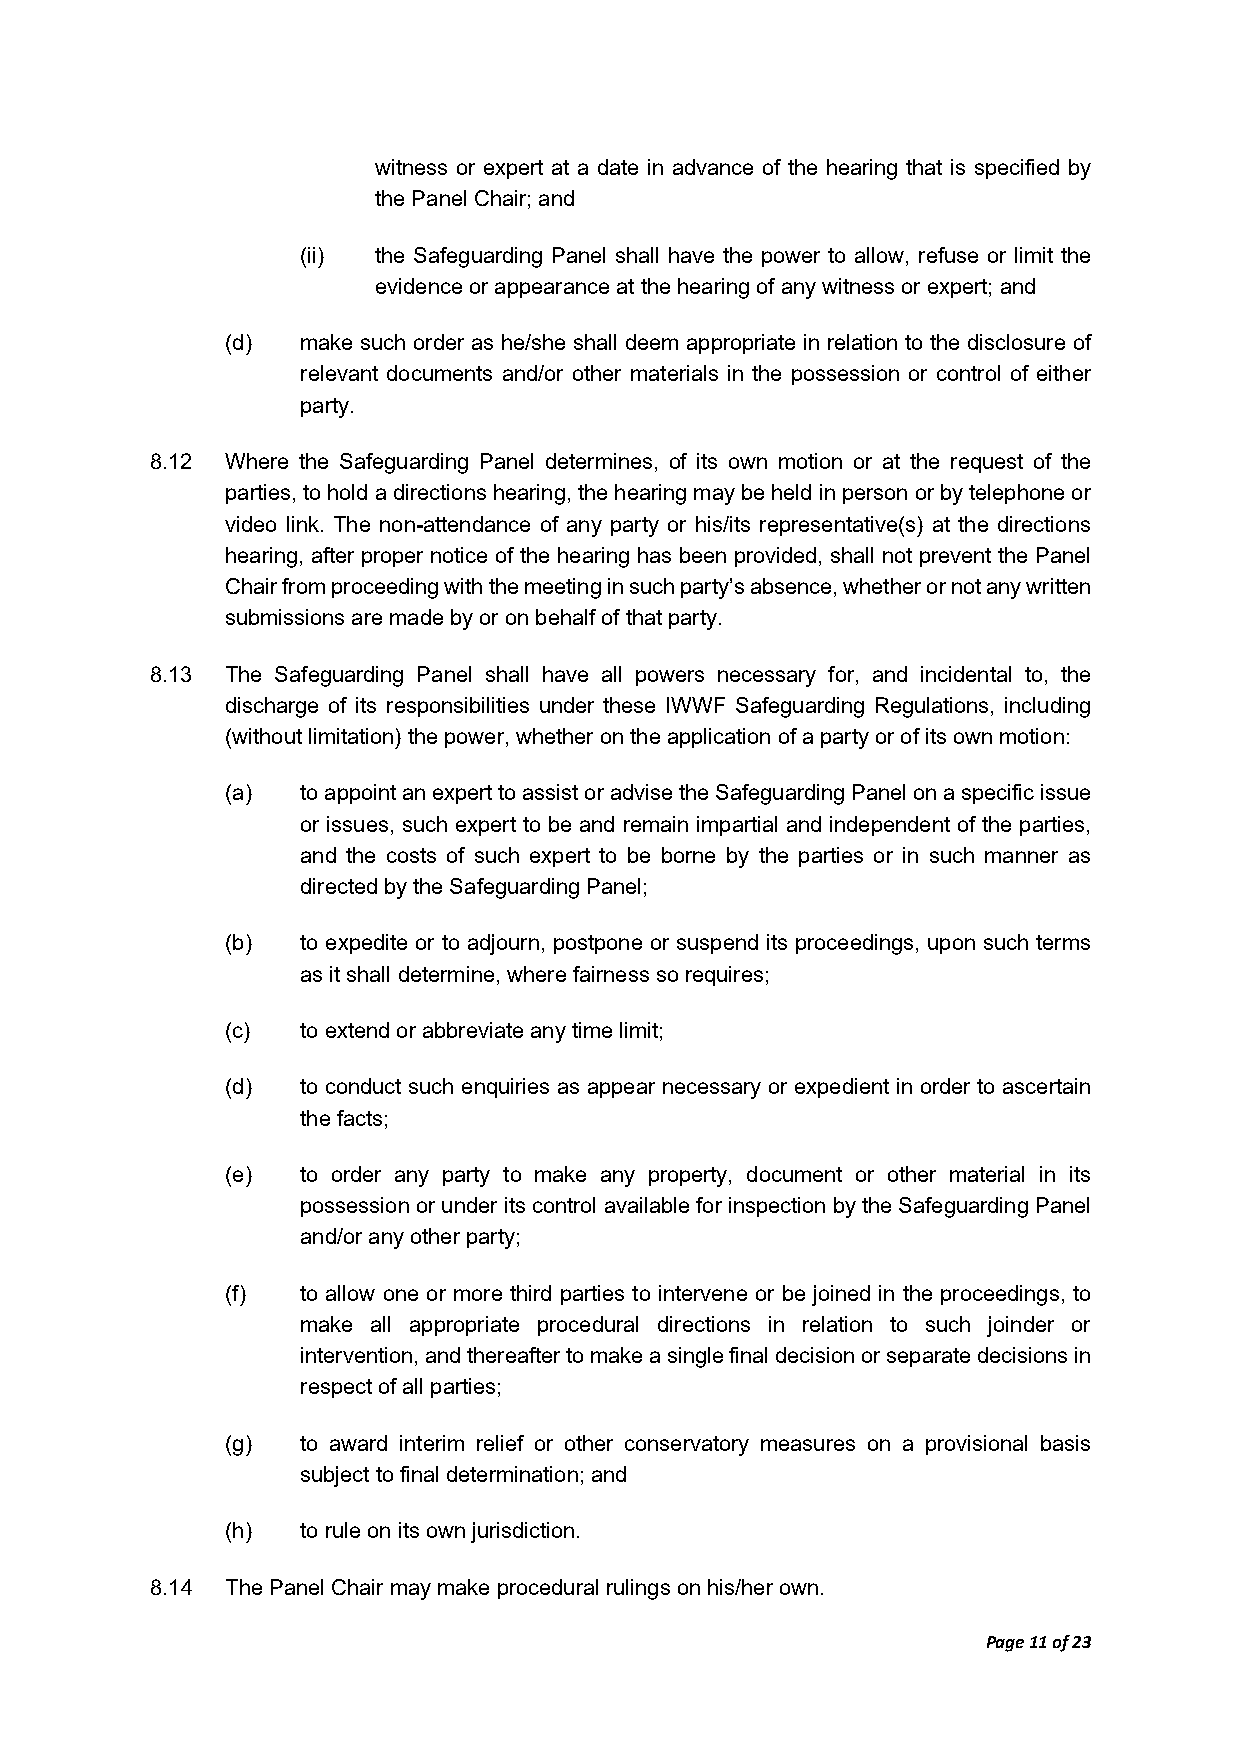
witness or expert at a date in advance of the hearing that is specified by
 the Panel Chair; and
 (ii) the Safeguarding Panel shall have the power to allow, refuse or limit the
 evidence or appearance at the hearing of any witness or expert; and
 (d)  make such order as he/she shall deem appropriate in relation to the disclosure of
 relevant documents and/or other materials in the possession or control of either
 party.
 8.12 Where the Safeguarding Panel determines, of its own motion or at the request of the
 parties, to hold a directions hearing, the hearing may be held in person or by telephone or
 video link. The non-attendance of any party or his/its representative(s) at the directions
 hearing, after proper notice of the hearing has been provided, shall not prevent the Panel
 Chair from proceeding with the meeting in such party’s absence, whether or not any written
 submissions are made by or on behalf of that party.
 8.13 The Safeguarding Panel shall have all powers necessary for, and incidental to, the
 discharge of its responsibilities under these IWWF Safeguarding Regulations, including
 (without limitation) the power, whether on the application of a party or of its own motion:
 (a)  to appoint an expert to assist or advise the Safeguarding Panel on a specific issue
 or issues, such expert to be and remain impartial and independent of the parties,
 and the costs of such expert to be borne by the parties or in such manner as
 directed by the Safeguarding Panel;
 (b)  to expedite or to adjourn, postpone or suspend its proceedings, upon such terms
 as it shall determine, where fairness so requires;
 (c)  to extend or abbreviate any time limit;
 (d)  to conduct such enquiries as appear necessary or expedient in order to ascertain
 the facts;
 (e)  to order any party to make any property, document or other material in its
 possession or under its control available for inspection by the Safeguarding Panel
 and/or any other party;
 (f)  to allow one or more third parties to intervene or be joined in the proceedings, to
 make all appropriate procedural directions in relation to such joinder or
 intervention, and thereafter to make a single final decision or separate decisions in
 respect of all parties;
 (g)  to award interim relief or other conservatory measures on a provisional basis
 subject to final determination; and
 (h)  to rule on its own jurisdiction.
 8.14 The Panel Chair may make procedural rulings on his/her own.
 Page 11 of 23